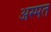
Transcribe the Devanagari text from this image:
अस्मत